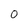
Character: O